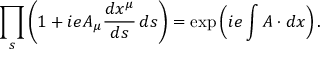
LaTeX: \prod _ { s } \left( 1 + i e A _ { \mu } { \frac { d x ^ { \mu } } { d s } } \, d s \right) = \exp \left( i e \int A \cdot d x \right) .